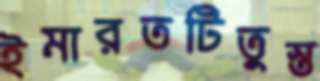
ইমারতটিতুস্ত